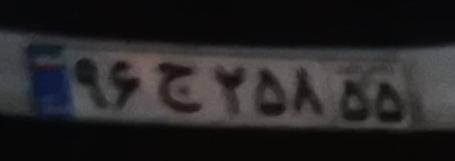
۹۶ج۲۵۸۵۵